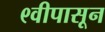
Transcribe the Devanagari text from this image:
९वीपासून